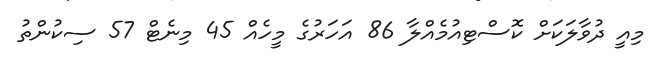
މިއީ ދުވާލަކަށް ކޮސްޓިއުމެއްލާ 86 އަހަރުގެ މީހެއް 45 މިނެޓް 57 ސިކުންތު